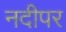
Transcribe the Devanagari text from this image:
नदीपर